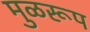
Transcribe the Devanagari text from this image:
मुळरूप